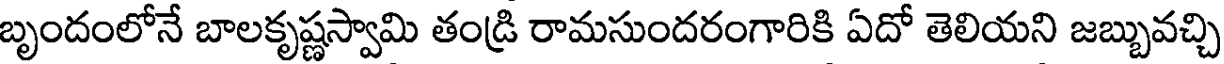
బృందంలోనే బాలకృష్ణస్వామి తండ్రి రామసుందరంగారికి ఏదో తెలియని జబ్బువచ్చి